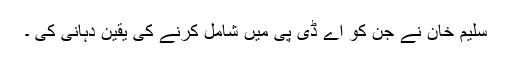
سلیم خان نے جن کو اے ڈی پی میں شامل کرنے کی یقین دہانی کی ۔